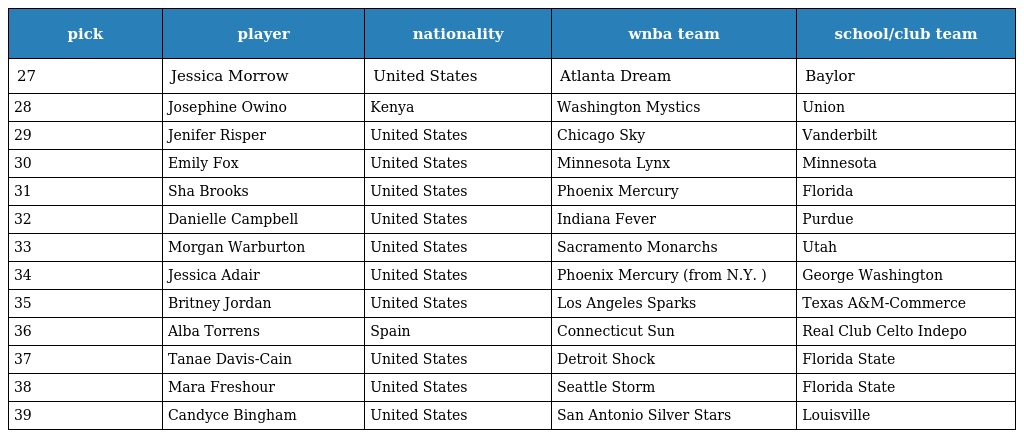
| pick | player | nationality | wnba team | school/club team |
 | --- | --- | --- | --- | --- |
 | 27 | Jessica Morrow | United States | Atlanta Dream | Baylor |
 | 28 | Josephine Owino | Kenya | Washington Mystics | Union |
 | 29 | Jenifer Risper | United States | Chicago Sky | Vanderbilt |
 | 30 | Emily Fox | United States | Minnesota Lynx | Minnesota |
 | 31 | Sha Brooks | United States | Phoenix Mercury | Florida |
 | 32 | Danielle Campbell | United States | Indiana Fever | Purdue |
 | 33 | Morgan Warburton | United States | Sacramento Monarchs | Utah |
 | 34 | Jessica Adair | United States | Phoenix Mercury (from N.Y. ) | George Washington |
 | 35 | Britney Jordan | United States | Los Angeles Sparks | Texas A&M-Commerce |
 | 36 | Alba Torrens | Spain | Connecticut Sun | Real Club Celto Indepo |
 | 37 | Tanae Davis-Cain | United States | Detroit Shock | Florida State |
 | 38 | Mara Freshour | United States | Seattle Storm | Florida State |
 | 39 | Candyce Bingham | United States | San Antonio Silver Stars | Louisville |